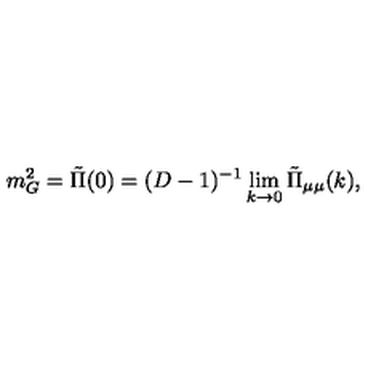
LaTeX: m _ { G } ^ { 2 } = { \tilde { \Pi } } ( 0 ) = ( D - 1 ) ^ { - 1 } \lim _ { k \to 0 } { \tilde { \Pi } } _ { \mu \mu } ( k ) ,